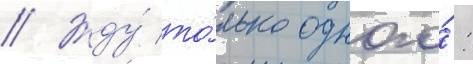
// Жду́ то́лько одного́: